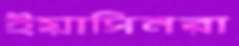
ইয়াসিনরা